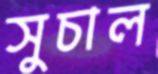
সুচাল